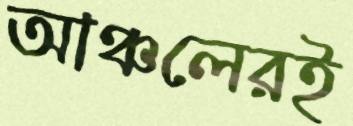
আঞ্চলেরই